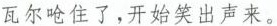
瓦尔呛住了，开始笑出声来。